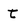
Character: t